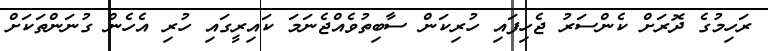
ރަހިމުގެ ދޮރަށް ކެންސަރު ޖެހިފައި ހުރިކަން ސާބިތުވެއްޖެނަމަ ކައިރީގައި ހުރި އެހެން ގުނަންތަކަށް